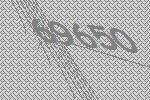
69650